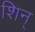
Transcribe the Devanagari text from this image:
शिन्‌